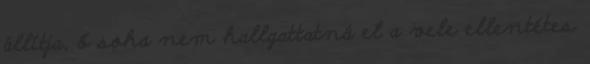
állítja, ő soha nem hallgattatná el a vele ellentétes